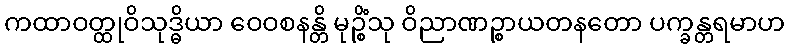
ကထာဝတ္ထုဝိသုဒ္ဓိယာ ဝေဝစနန္တိ မုဉ္စိံသု ဝိညာဏဉ္စာယတနတော ပက္ခန္တရမာဟ